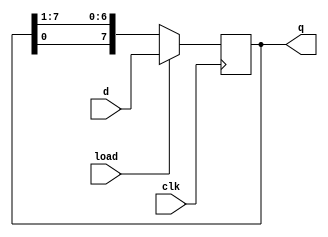
module pipo(d,clk,load,q);
  input [7:0]d;
  input clk,load;
  output reg[7:0]q;
  
  //reg [7:0]temp;
  
   always @(posedge clk ) 
   begin
     if (load)
       q <= d;
   else
     
      q<= {q[0],q[7:1]};
     
 end
 
endmodule